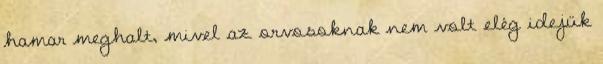
hamar meghalt, mivel az orvosoknak nem volt elég idejük